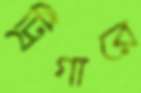
ট্রিগারে